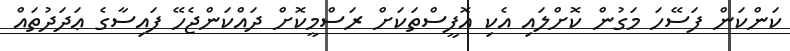
ކަންކަން ފަސޭހަ މަގުން ކޮށްލައި އެކި އޮފީސްތަކަށް ރަސްމީކޮށް ދައްކަންޖެހޭ ފައިސާގެ ޢަދަދުތައް